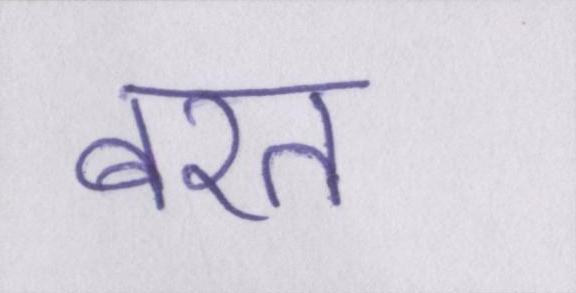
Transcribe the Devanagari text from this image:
बरत